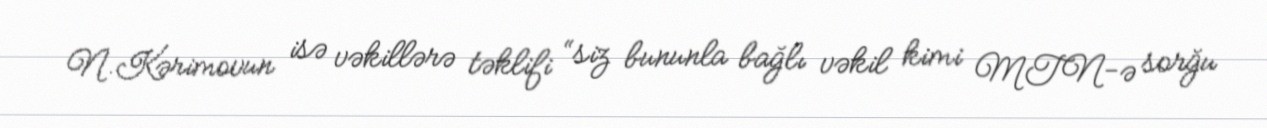
N.Kərimovun isə vəkillərə təklifi “siz bununla bağlı vəkil kimi MTN-ə sorğu